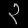
Digit: ၃